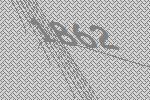
1862